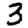
Digit: 3